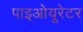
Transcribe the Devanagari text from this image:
पाइओयूरेटर